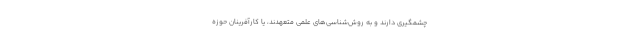
چشمگیری دارند و به روش‌شناسی‌های علمی متعهدند، یا کارآفرینان حوزهٔ